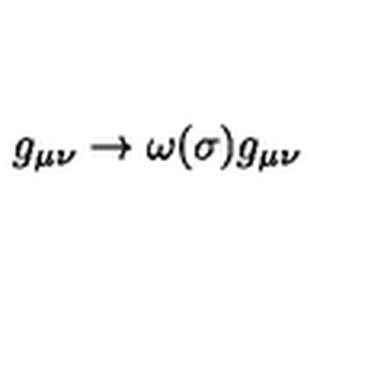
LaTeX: g _ { \mu \nu } \rightarrow \omega ( \sigma ) g _ { \mu \nu }